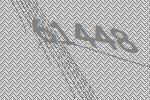
61448